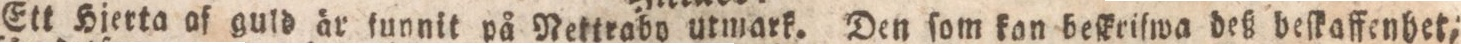
Ett Hjerta af guld är ſunnit på Nettrabo utmark. Den ſom kon heſkriſwa deß beſkaſfenhet;